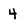
Character: 4